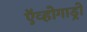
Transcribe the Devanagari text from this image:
ऍव्होगाड्रो